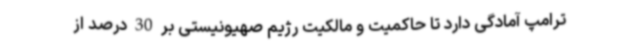
ترامپ آمادگی دارد تا حاکمیت و مالکیت رژیم صهیونیستی بر 30 درصد از